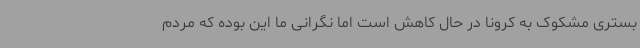
بستری مشکوک به کرونا در حال کاهش است اما نگرانی ما این بوده که مردم